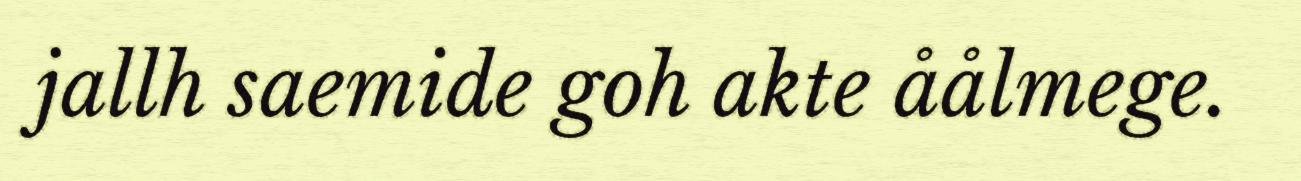
jallh saemide goh akte åålmege.